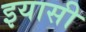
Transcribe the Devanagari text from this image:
इयासी